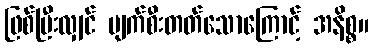
ဖြစ်ပြီးလျှင် ပျက်စီးတတ်သောကြောင့် အနိစ္စ။